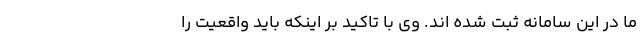
ما در این سامانه ثبت شده اند. وی با تاکید بر اینکه باید واقعیت را